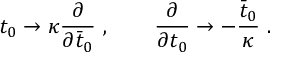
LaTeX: t _ { 0 } \rightarrow \kappa { \frac { \partial } { \partial { \bar { t } } _ { 0 } } } \ , \qquad { \frac { \partial } { \partial t _ { 0 } } } \rightarrow - { \frac { \bar { t } _ { 0 } } { \kappa } } \ .